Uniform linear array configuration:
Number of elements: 48
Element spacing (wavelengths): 1
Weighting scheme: hamming
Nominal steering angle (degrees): -60
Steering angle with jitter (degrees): -58.823
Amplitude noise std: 0.05
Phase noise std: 0.05

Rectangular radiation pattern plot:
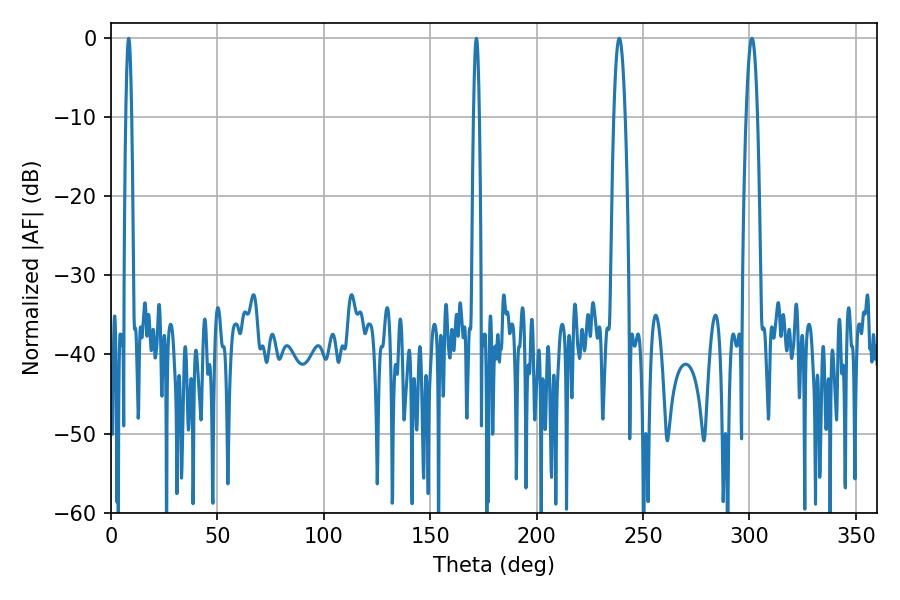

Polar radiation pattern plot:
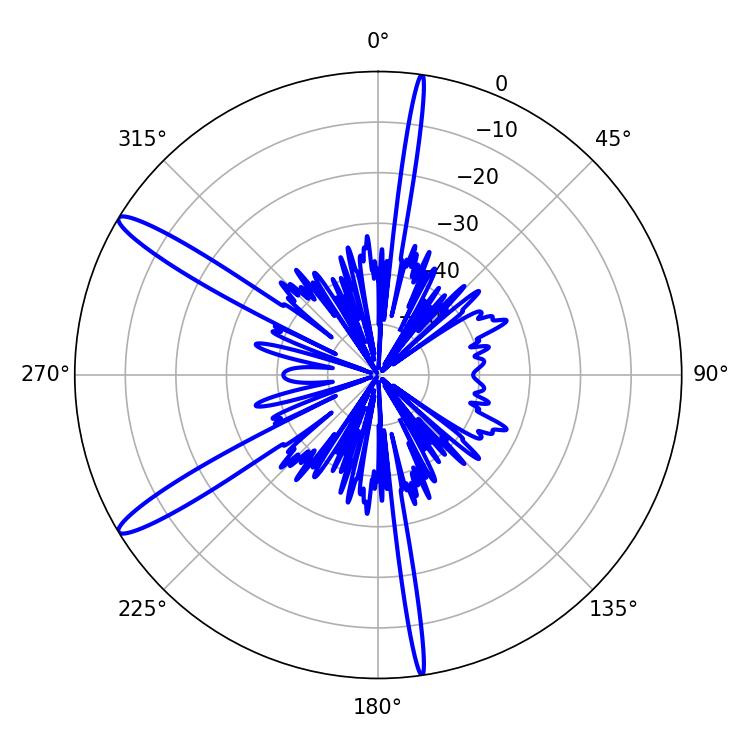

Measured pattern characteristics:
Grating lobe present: TRUE
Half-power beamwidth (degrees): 2.88
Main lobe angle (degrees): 238.86